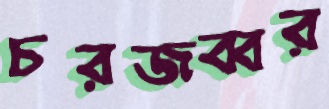
চরজব্বর